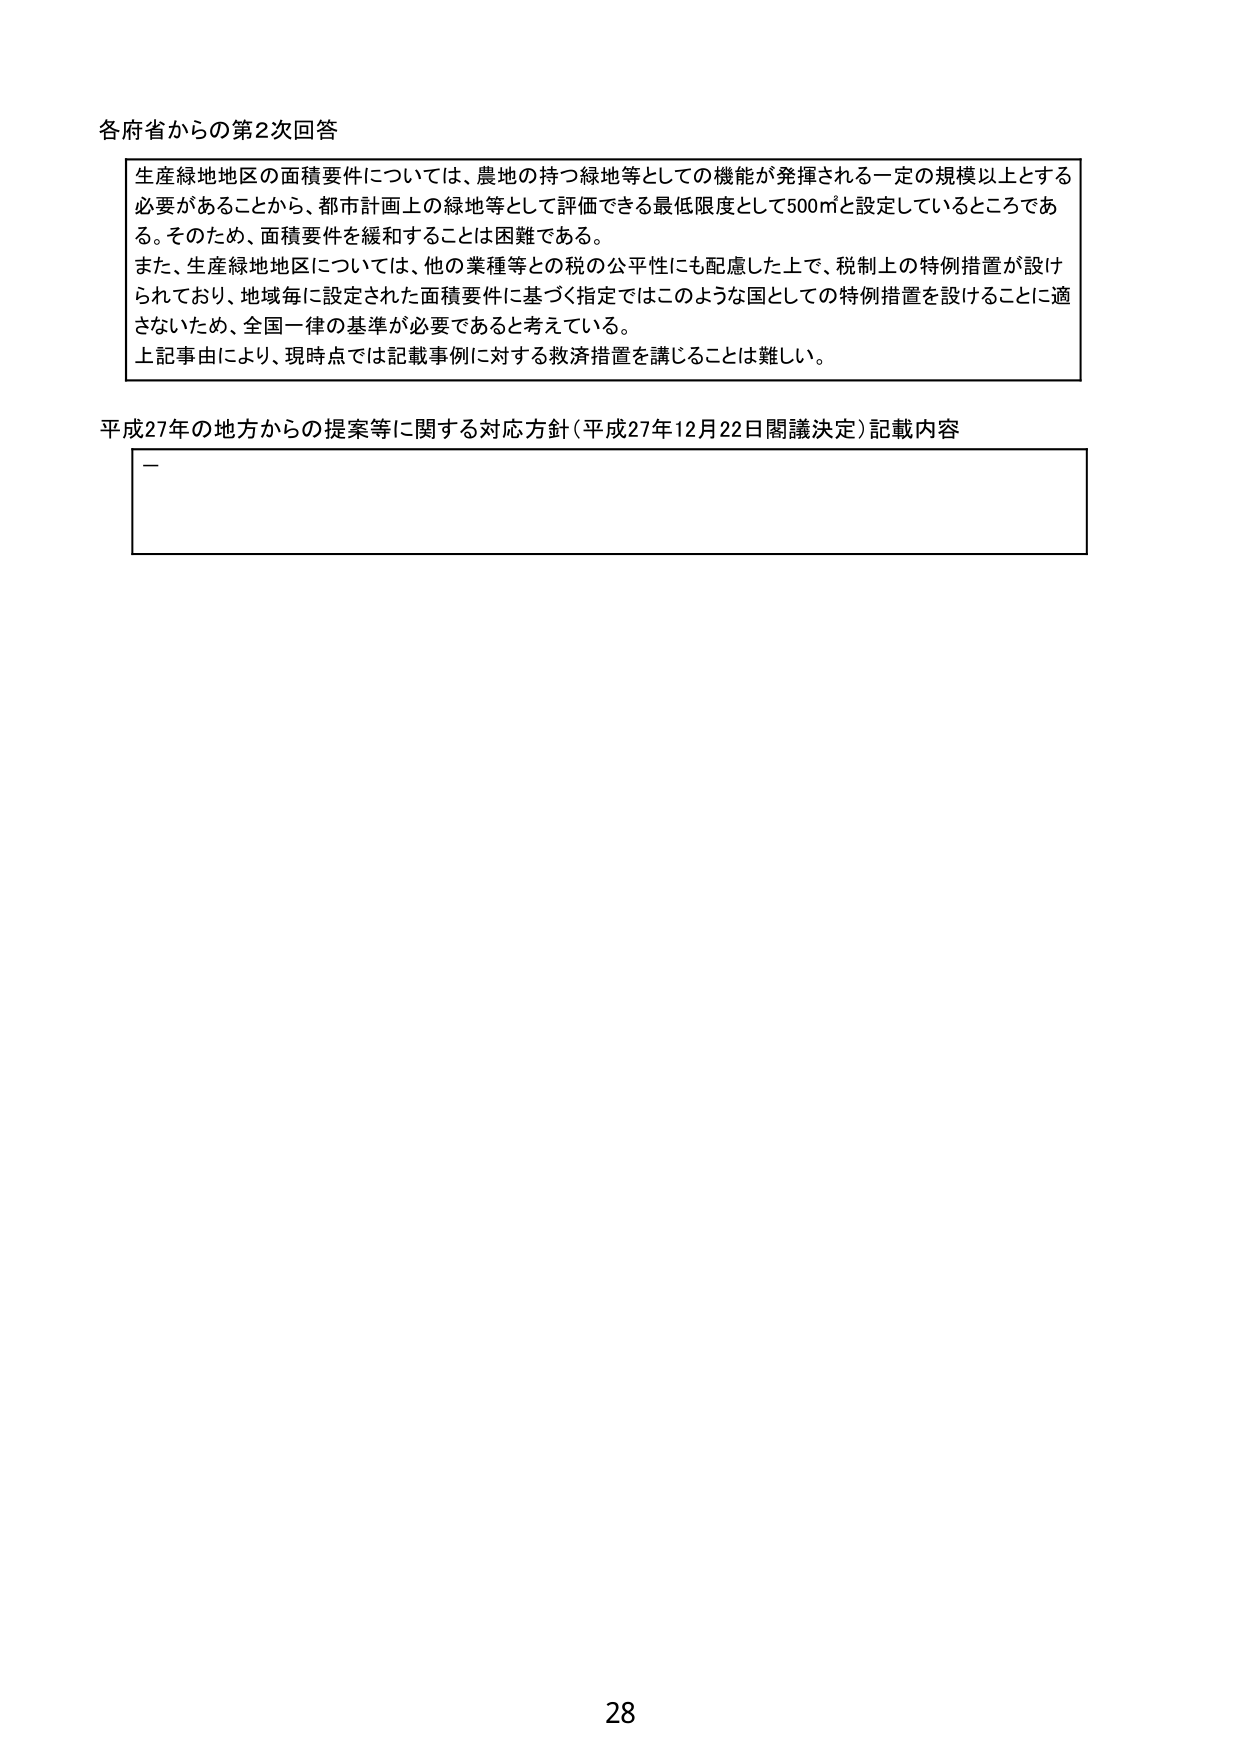
各府省からの第2次回答

生産緑地地区の面積要件については、農地の持つ緑地等としての機能が発揮される一定の規模以上とする必要があることから、都市計画上の緑地等として評価できる最低限度として500㎡と設定しているところである。そのため、面積要件を緩和することは困難である。
また、生産緑地地区については、他の業種等との税の公平性にも配慮した上で、税制上の特例措置が設けられており、地域毎に設定された面積要件に基づく指定ではこのような国としての特例措置を設けることに適さないため、全国一律の基準が必要であると考えている。
上記事由により、現時点では記載事例に対する救済措置を講じることは難しい。

平成27年の地方からの提案等に関する対応方針（平成27年12月22日閣議決定）記載内容
—

28